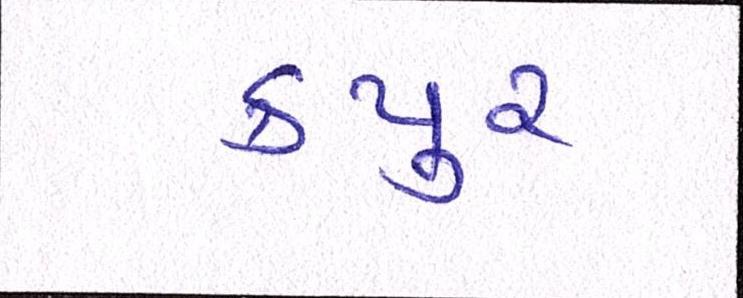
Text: કપુર